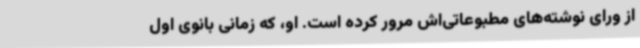
از ورای نوشته‌های مطبوعاتی‌اش مرور کرده است. او، که زمانی بانوی اول